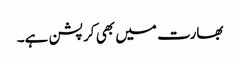
بھارت میں بھی کرپشن ہے۔